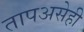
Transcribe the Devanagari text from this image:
तापअसेही